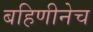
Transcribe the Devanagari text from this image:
बहिणीनेच